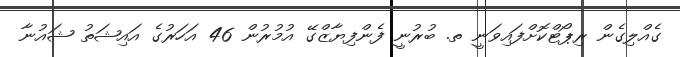
ގެއްލިގެން ރިޕޯޓްކޮށްފައިވަނީ ތ. ބުރުނީ ފެންފިޔާޒްގޭ އުމުރުން 46 އަހަރުގެ އައިޝަތު ޝައުނާ